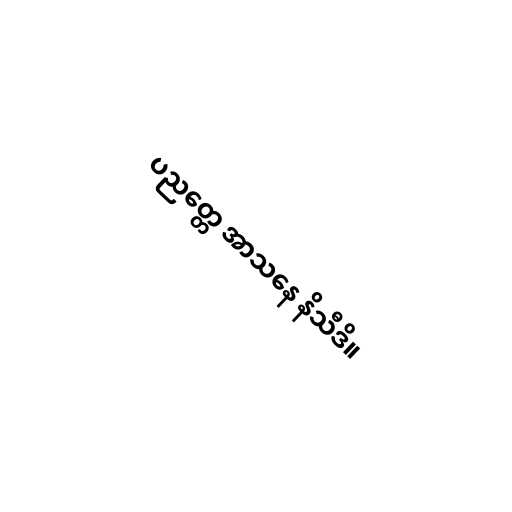
ပညတ္တေ အာသနေ နိသီဒိ။